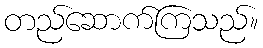
တည်ဆောက်ကြသည်။